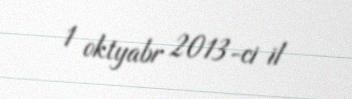
1 oktyabr 2013-ci il